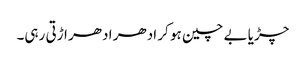
چڑیا بے چین ہو کر ادھر ادھر اڑتی رہی۔